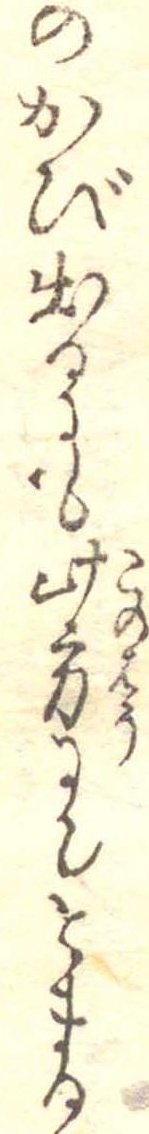
のかび出るにも此方にてとまる